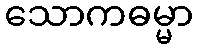
သောကဓမ္မာ